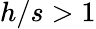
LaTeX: h/s>1